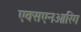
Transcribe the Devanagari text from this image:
एक्सएनओरिंग